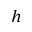
h